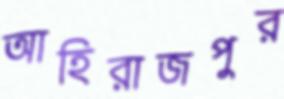
আহিরাজপুর